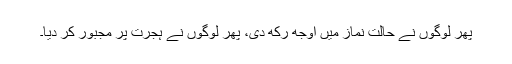
پھر لوگوں نے حالتِ نماز میں اوجھ رکھ دی، پھر لوگوں نے ہجرت پر مجبور کر دیا۔